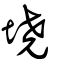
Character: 墝